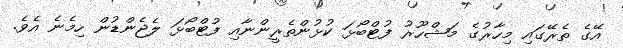
އޭގެ ތެރޭގައި މިހާރުގެ މަޝްހޫރު ފުޓްބޯޅަ ކުޅުންތެރީންނާއި ފުޓްބޯޅަ ލެޖެންޑުން ހިމެނެ އެވެ.